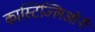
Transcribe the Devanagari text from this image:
कास्टिज्लिओनी